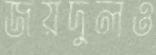
জয়দুলও